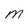
Character: m